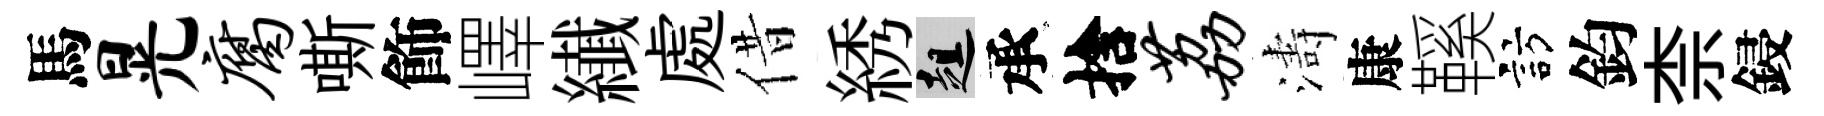
馬晃腐嘶飾嶧纎處借綉趄承捨荔濤康鞵訪鈞柰鋟